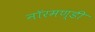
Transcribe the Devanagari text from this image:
नॉरमण्डी